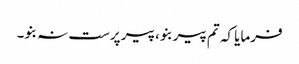
فرمایا کہ تم پیر بنو، پیر پرست نہ بنو۔